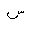
Letter: _sin